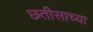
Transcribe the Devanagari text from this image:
छतीसाच्या